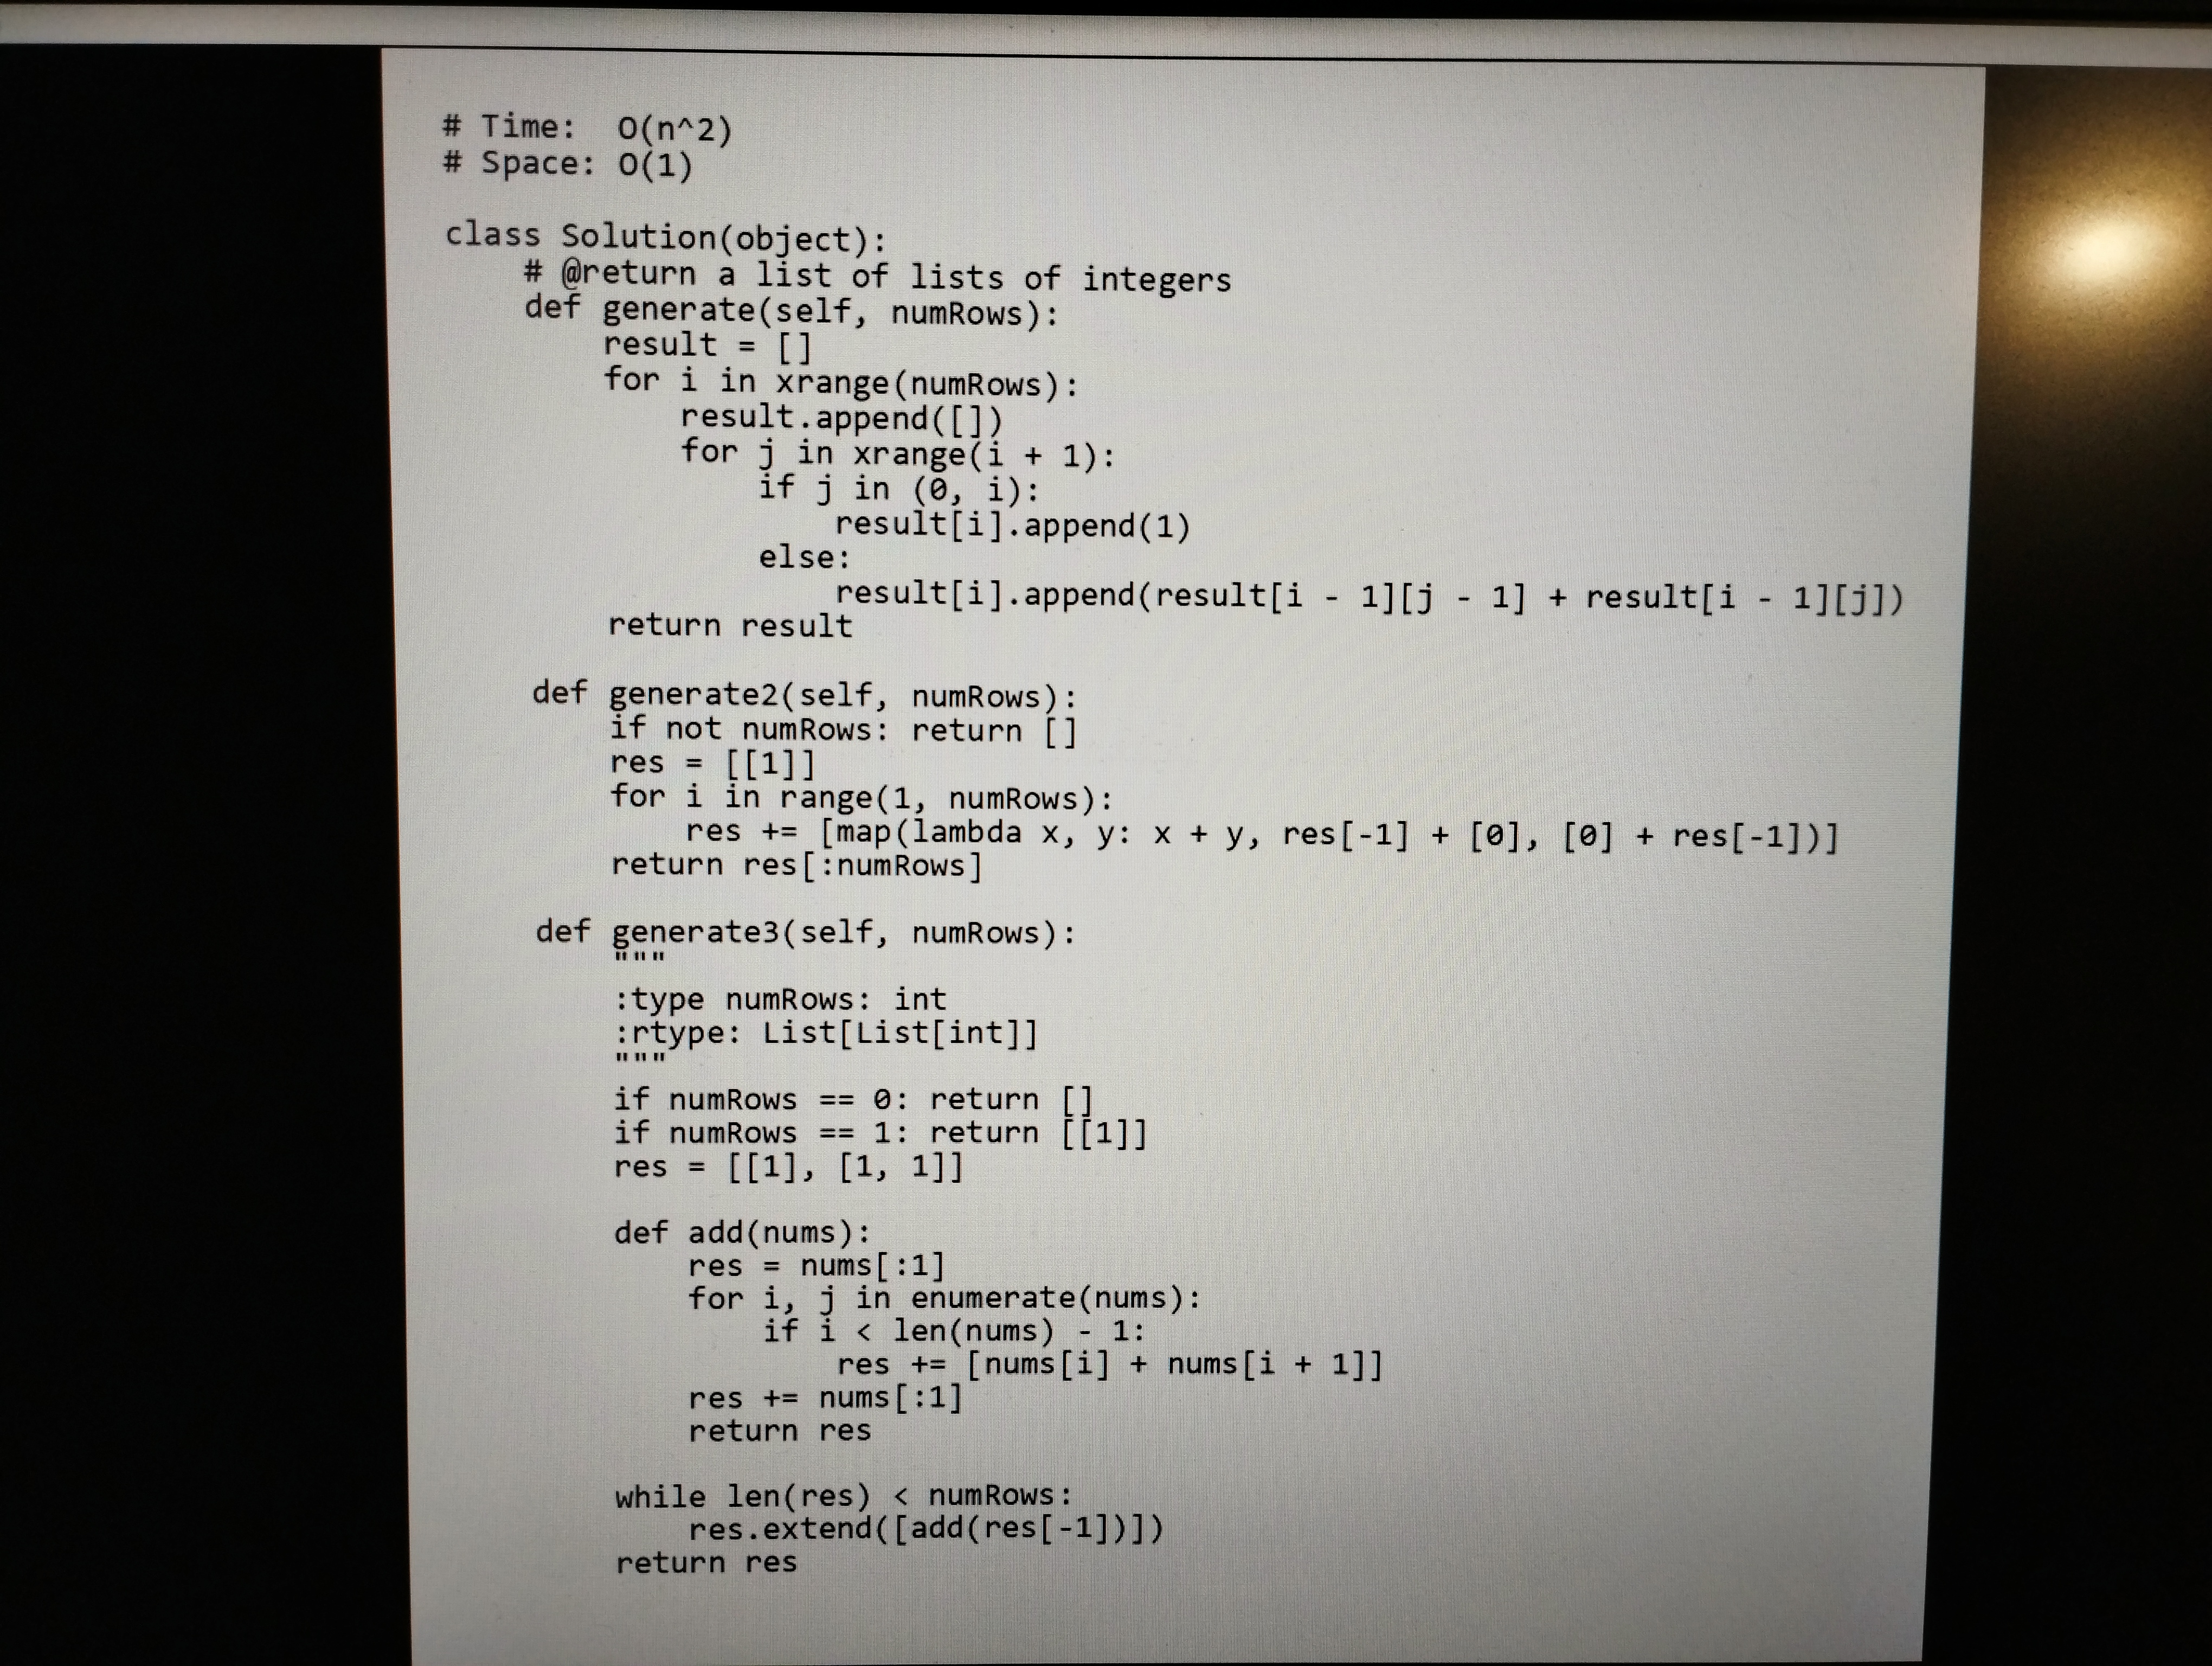
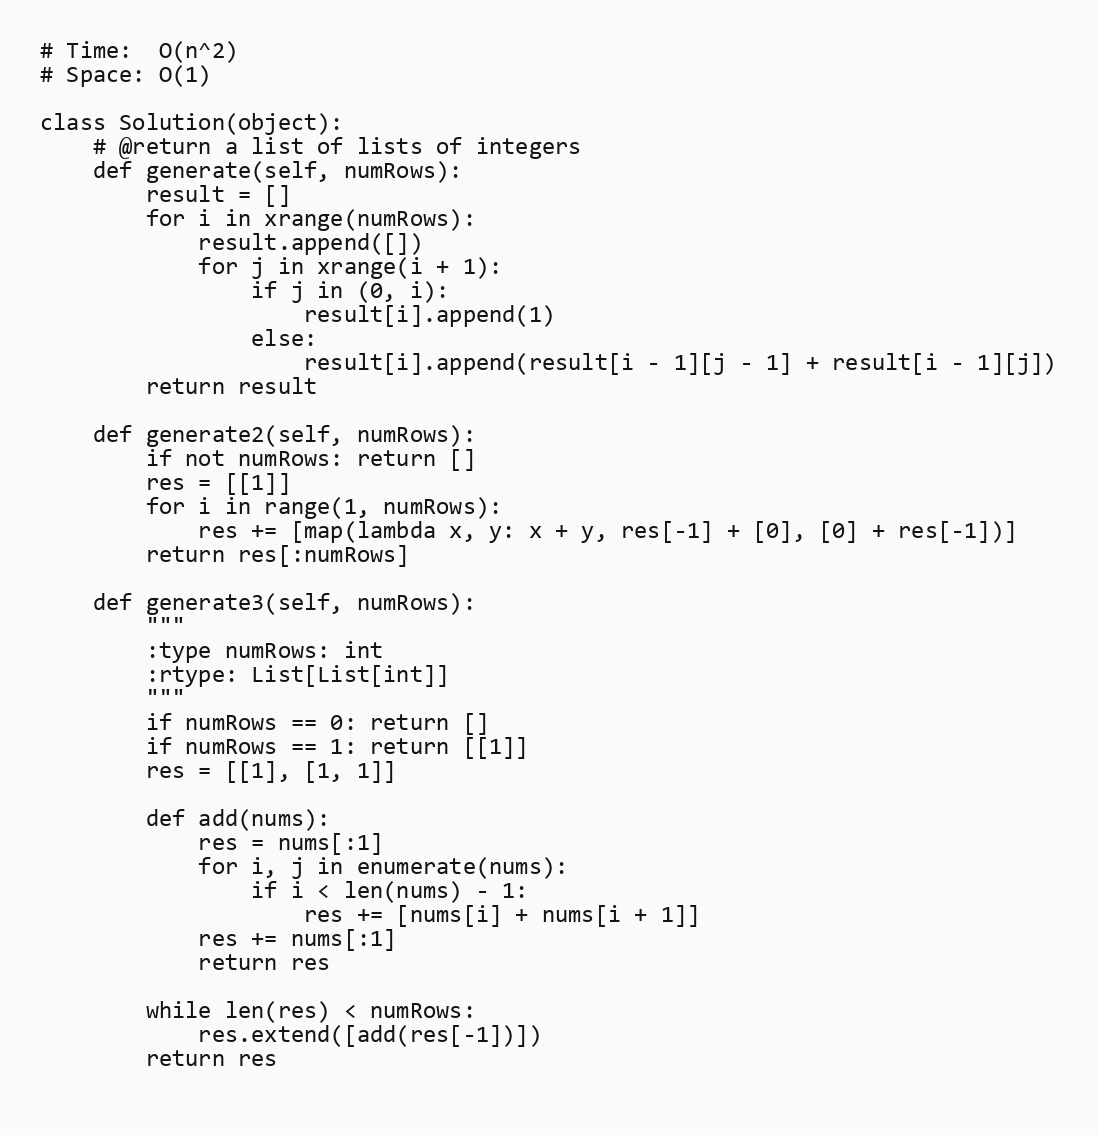
# Time:  O(n^2)
# Space: O(1)

class Solution(object):
    # @return a list of lists of integers
    def generate(self, numRows):
        result = []
        for i in xrange(numRows):
            result.append([])
            for j in xrange(i + 1):
                if j in (0, i):
                    result[i].append(1)
                else:
                    result[i].append(result[i - 1][j - 1] + result[i - 1][j])
        return result

    def generate2(self, numRows):
        if not numRows: return []
        res = [[1]]
        for i in range(1, numRows):
            res += [map(lambda x, y: x + y, res[-1] + [0], [0] + res[-1])]
        return res[:numRows]

    def generate3(self, numRows):
        """
        :type numRows: int
        :rtype: List[List[int]]
        """
        if numRows == 0: return []
        if numRows == 1: return [[1]]
        res = [[1], [1, 1]]

        def add(nums):
            res = nums[:1]
            for i, j in enumerate(nums):
                if i < len(nums) - 1:
                    res += [nums[i] + nums[i + 1]]
            res += nums[:1]
            return res

        while len(res) < numRows:
            res.extend([add(res[-1])])
        return res